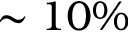
\sim 1 0 \%